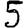
Digit: 5